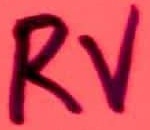
Text: RV